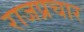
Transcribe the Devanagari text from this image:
राजप्रचार